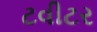
ટવીટર